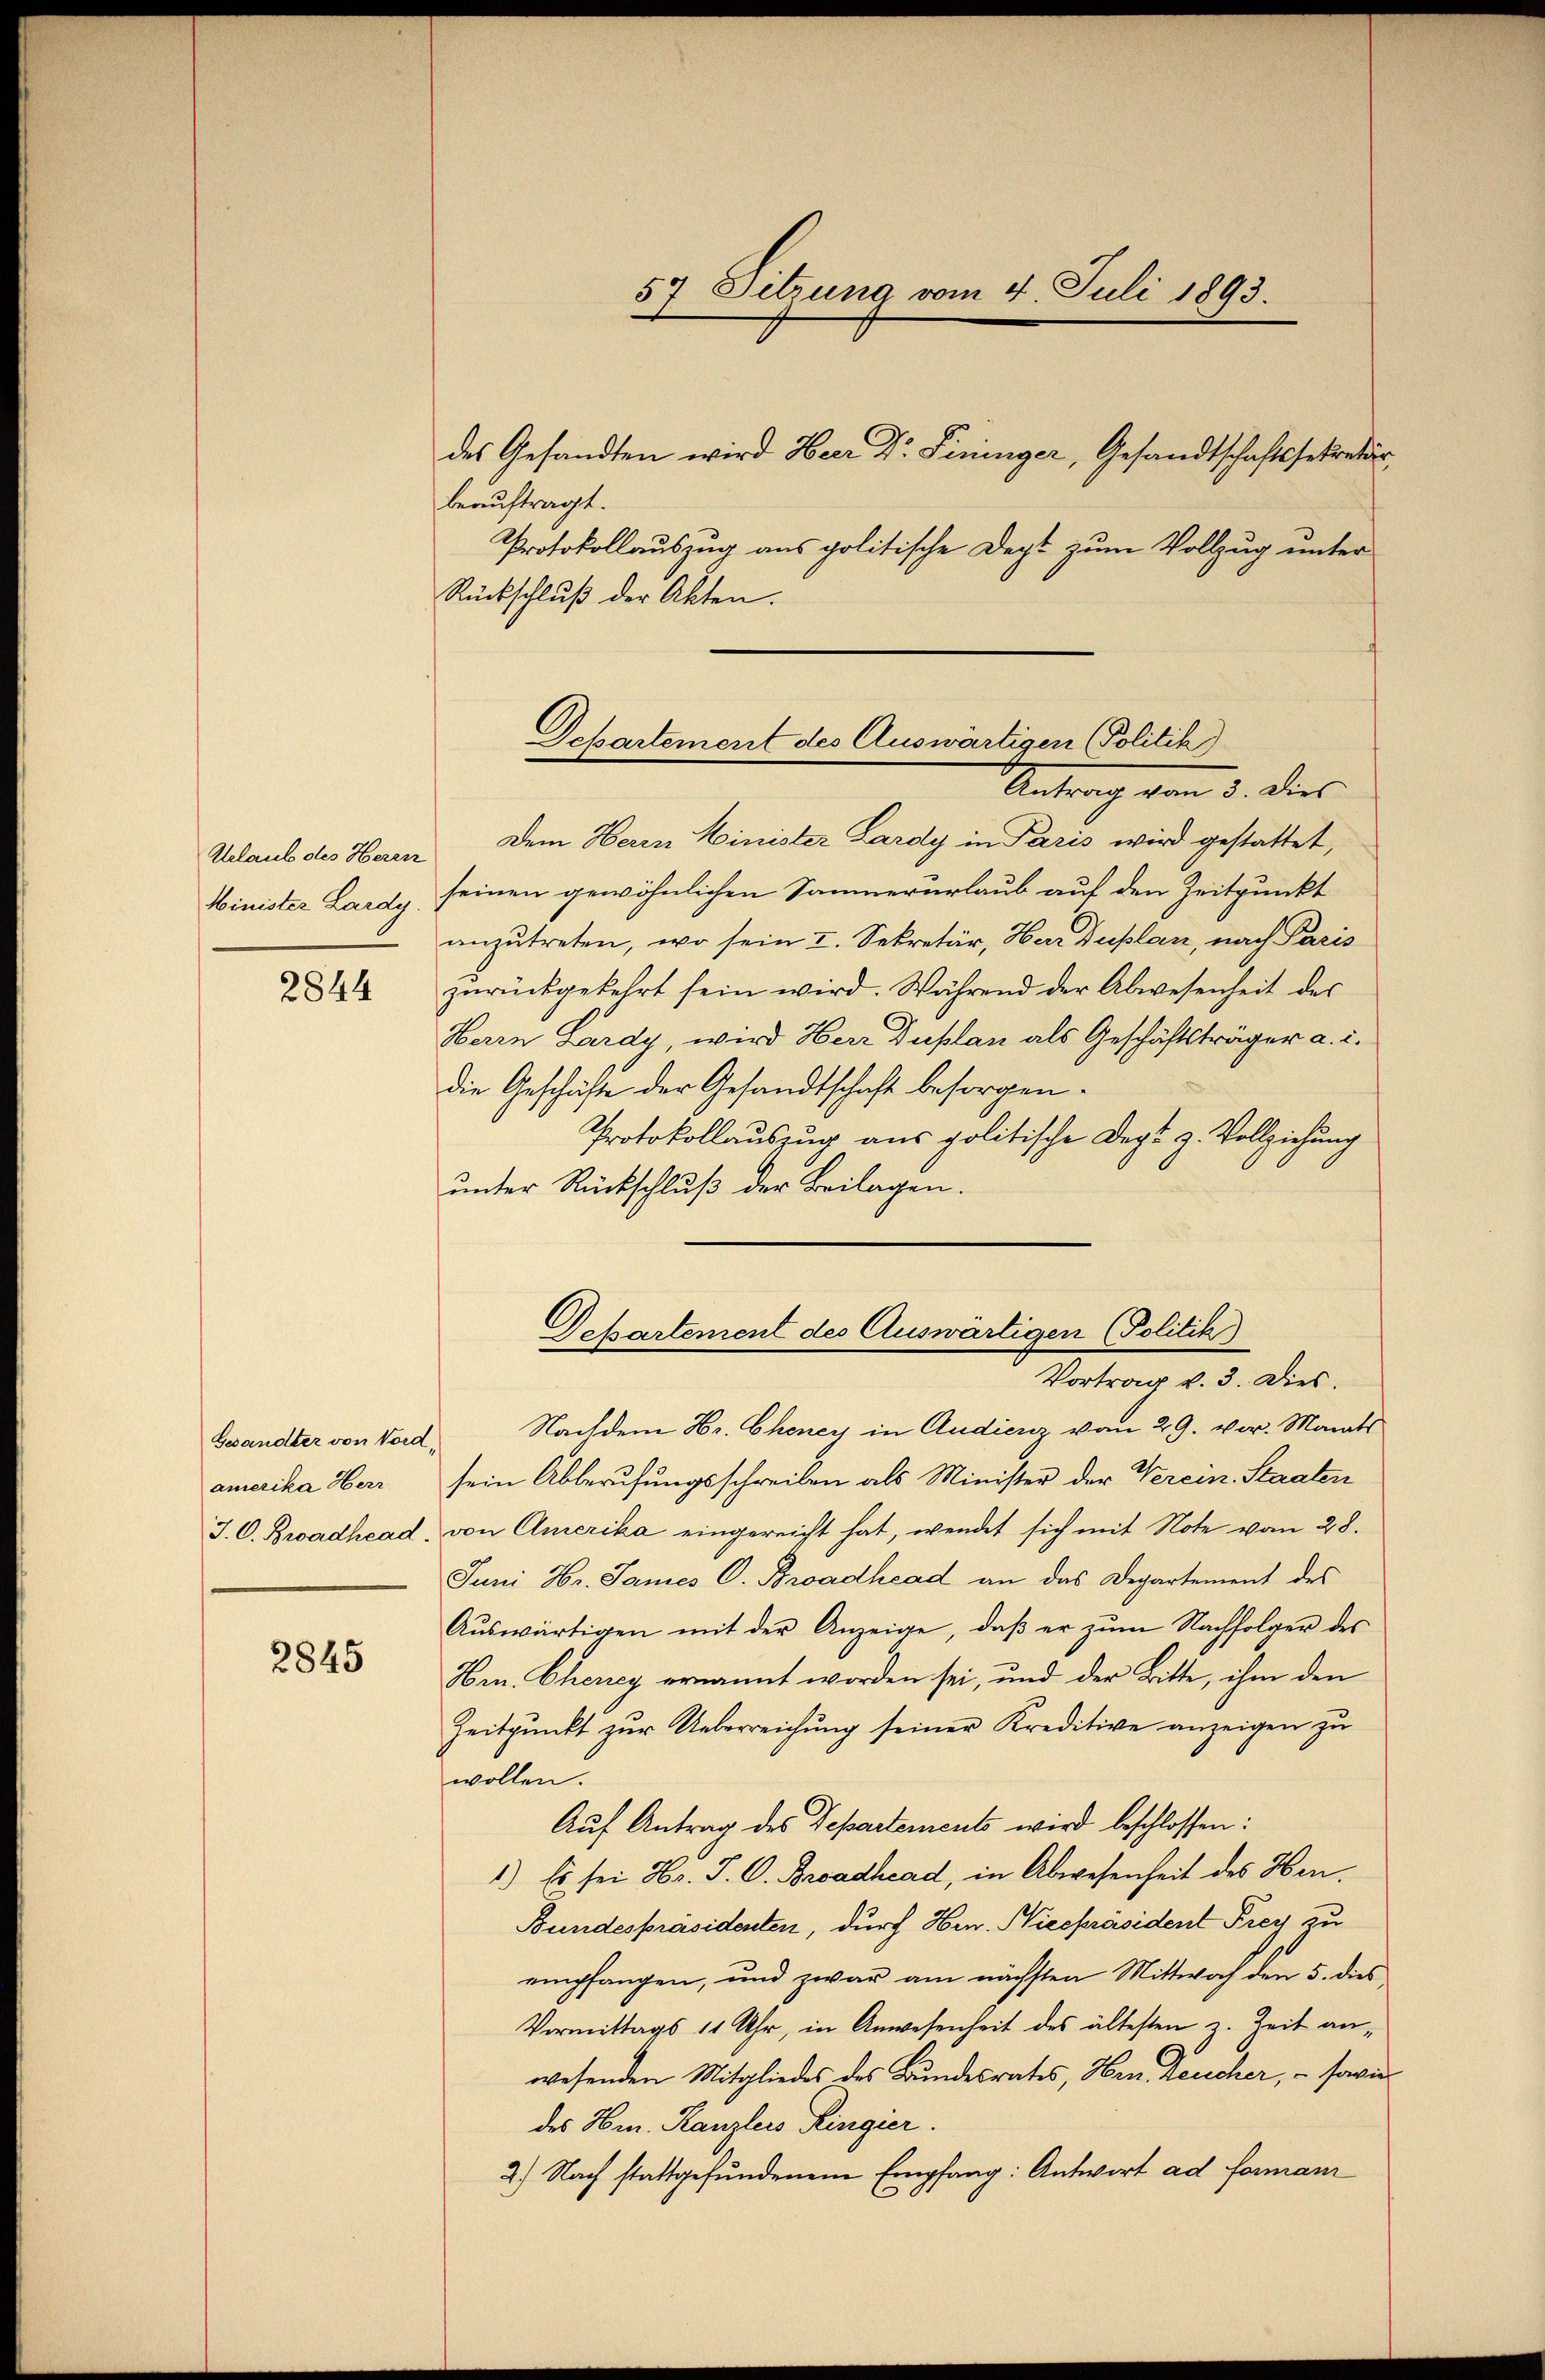
Urlaub des Herrn
Minister Lardy.

2844

Gesandter von Vord,
amerika Herr
J. C. Bradhead.

2845

57 Sitzung vom 4. Juli 1893.

beauftragt.
Protokollauszug aus politische Dept zum Vollzug unter
Rückschlŭβ der Akten.

Dekartement des Auswärtigen Politik)

Departement des Auswärtigen Politik)
Vortrag v. 3. Dies

des Gesandten wird Herr Dr. Fininger, Gesandtschaftssekretär,

Antrag vom 3. dies
Dem Herrn Minister Lardy in Paris wird gestattet,
seinen gewöhnlichen Sammererlaub auf den Zeitpunkt
anzutreten, wo sein I. Sekretär, Har Duplan, nach Paris
zŭrückgekehrt sein wird. Während der Abwesenheit des
Herrn Lardy, wird Herr Duplan als Geschäftsträger a. i.
die Geschäfte der Gesandtschaft besorgen.
Protokollauszug aus politische Degt z. Vollziehung
ŭnter Rückschlŭβ der Beilagen.
Nachdem Hr. Cheney in Audienz vom 29. vor. Morats
sein Abberufungsschreiben als Minister der Verein Staaten
von Amerika eingereicht hat, wendet sich mit Note vom 28.
Juni Hr. James C. Broadhead an das Departement des
Aŭswärtigen mit der Anzeige, daβ er zŭm Nachfolger des
Hrn. Eherey ernannt worden sei, und der Bitte, ihm den
Zeitpunkt zur Ueberreichung seiner Kreditive anzeigen zu
wollen.
Auf Antrag des Departements wird beschlossen:
1.) Es sei Hr. P. O. Broadhcad, in Abwesenheit des Her¬
Bundespräsidenten, durch Hrn. Niespräsident Frey zu
empfangen, und zwar am nächsten Mittwoch den 5. dies
Vormittags 11 Uhr, in Anwesenheit des ältesten z. Zeit anwesenden Mitgliedes des Bundesrates, Hrn. Leucher, – sowie
des Hrn. Kanzleis Ringier.
2.) Nach stattgefundenem Empfang: Antwort ad formann